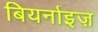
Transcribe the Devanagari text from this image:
बियर्नाइज़